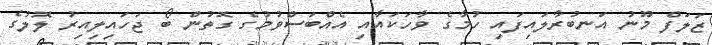
ޒަލަފް މޫނު އަނބުރާލައިފައި ހުމާގެ ވާހަކައާއި އެއްބަސްވުމުގެ ގޮތުން ބޯ ޖަހައިލިއިރު ލޮލުގެ